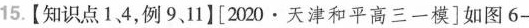
15.【知识点1、4，例9、11】[2020\cdot 天津和平高三一模]如图6-